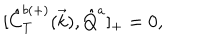
LaTeX: { [ } \hat { C } _ { T } ^ { b ( + ) } ( \vec { k } ) , \hat { Q } ^ { a } ] _ { + } = 0 ,